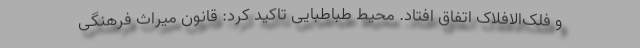
و فلک‌الافلاک اتفاق افتاد. محیط طباطبایی تاکید کرد: قانون میراث فرهنگی